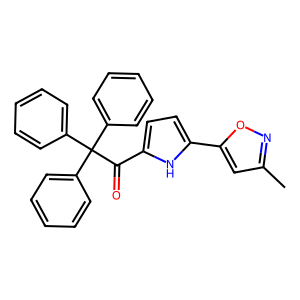
SMILES: Cc1cc(-c2ccc(C(=O)C(c3ccccc3)(c3ccccc3)c3ccccc3)[nH]2)on1
Inhibits HIV replication: No